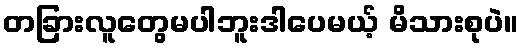
တခြားလူတွေမပါဘူးဒါပေမယ့် မိသားစုပဲ။